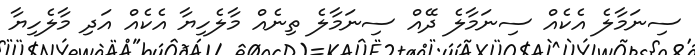
ސިނަމާލެ އެކެއް ސިނަމާލެ ދޭއް ސިނަމާލެ ތިނެއް މާލެހިޔާ އެކެއް އަދި މާލެހިޔާ